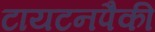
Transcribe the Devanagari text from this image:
टायटनपैकी